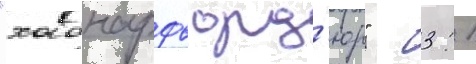
"хабнарфьорд'юр" - 3: 1